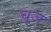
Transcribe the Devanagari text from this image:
चूज